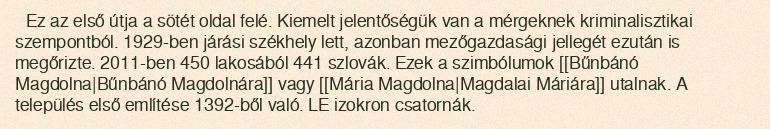
Ez az első útja a sötét oldal felé. Kiemelt jelentőségük van a mérgeknek kriminalisztikai szempontból. 1929-ben járási székhely lett, azonban mezőgazdasági jellegét ezután is megőrizte. 2011-ben 450 lakosából 441 szlovák. Ezek a szimbólumok [[Bűnbánó Magdolna|Bűnbánó Magdolnára]] vagy [[Mária Magdolna|Magdalai Máriára]] utalnak. A település első említése 1392-ből való. LE izokron csatornák.